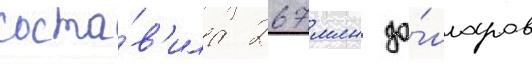
соста́в'ила 267 млн до́лларов